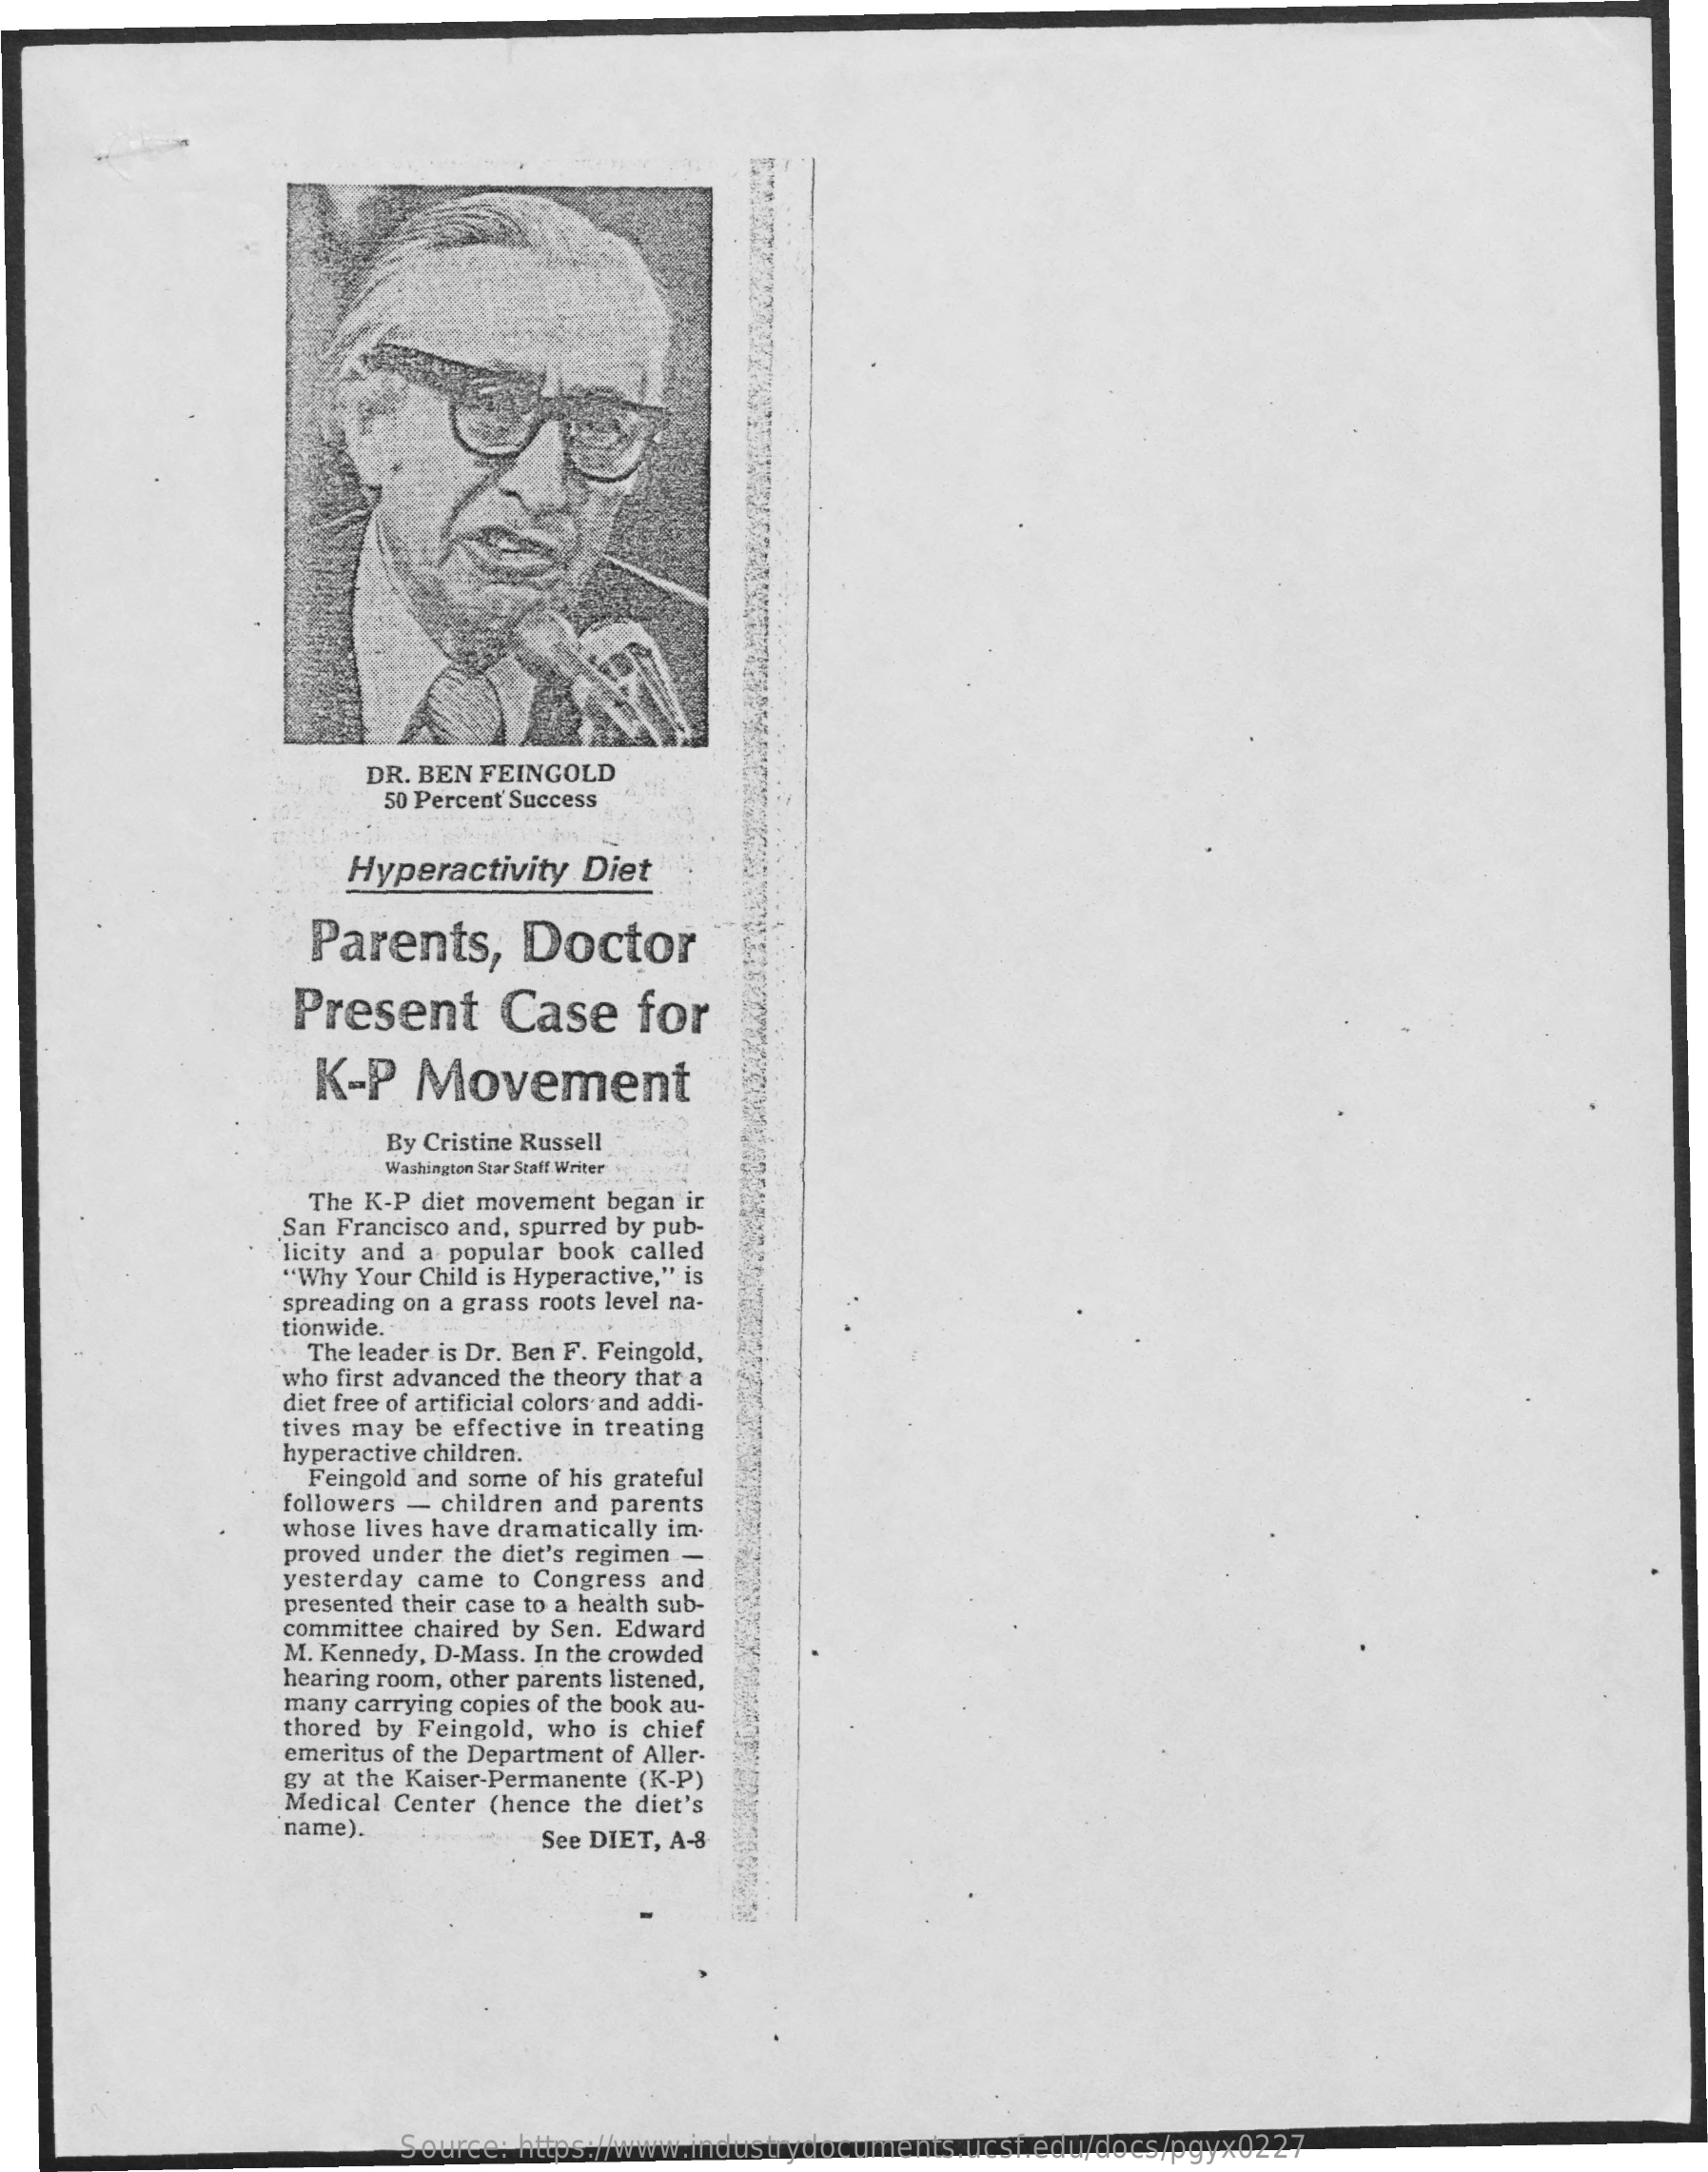
DR. BEN FEINGOLD
     50 Percent Success
     Hyperactivity  Diet
     Parents,    Doctor
     Present    Case    for
     K-P   Movement
     By Cristine Russell
     Washington Szar Staff Writer
     The K-P diet movement began ir
     San Francisco and, spurred by pub-
     licity and a popular book called
     "Why Your Child is Hyperactive," is
     spreading on a grass roots level na-
     tionwide.
     The leader is Dr. Ben F. Feingold,
     who first advanced the theory that a
     diet free of artificial colors and addi-
     tives may be effective in treating
     hyperactive children.
     Feingold and some of his grateful
     followers - children and parents
     whose lives have dramatically im-
     proved under the diet's regimen -
     yesterday came to Congress and
     presented their case to a health sub-
     committee chaired by Sen. Edward
     M. Kennedy, D-Mass. In the crowded
     hearing room, other parents listened,
     many carrying copies of the book au-
     thored by Feingold, who is chief
     emeritus of the Department of Aller-
     gy at the Kaiser Permanente (K-P)
     Medical Center (hence the diet's
     "name).    See DIET, A-8
     Source: https://www.industrydocuments.ucsf.edu/docs/pgyx0227